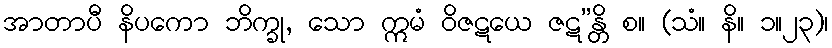
အာတာပီ နိပကော ဘိက္ခု, သော ဣမံ ဝိဇဋယေ ဇဋ”န္တိ စ။ (သံ။ နိ။ ၁။၂၃)၊